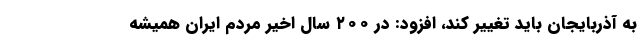
به آذربایجان باید تغییر کند، افزود: در ۲۰۰ سال اخیر مردم ایران همیشه